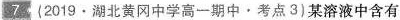
(2019.湖北黄冈中学高一期中·考点3)某溶液中含有